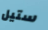
ستيل